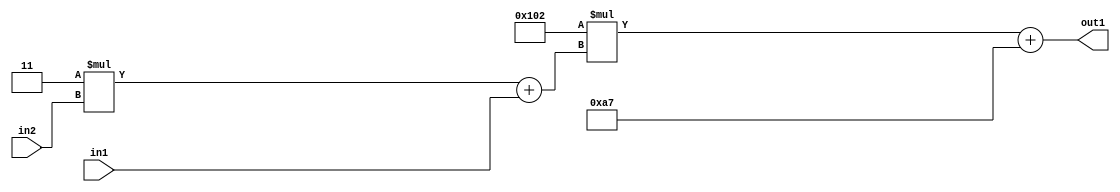
`timescale 1ps / 1ps
/*****************************************************************************
    Verilog RTL Description
    
    
    Created by: Stratus DpOpt 2019.1.01 
*******************************************************************************/

module DC_Filter_Add2i167Mul2i258Add2u1Mul2i3u2_1 (
	in2,
	in1,
	out1
	); /* architecture "behavioural" */ 
input [1:0] in2;
input  in1;
output [11:0] out1;
wire [11:0] asc001;
wire [3:0] asc002;

wire [3:0] asc002_tmp_0;
assign asc002_tmp_0 = 
	+(4'B0011 * in2);
assign asc002 = asc002_tmp_0
	+(in1);

wire [11:0] asc001_tmp_1;
assign asc001_tmp_1 = 
	+(12'B000100000010 * asc002);
assign asc001 = asc001_tmp_1
	+(12'B000010100111);

assign out1 = asc001;
endmodule

/* CADENCE  v7X1Sws= : u9/ySgnWtBlWxVPRXgAZ4Og= ** DO NOT EDIT THIS LINE ******/